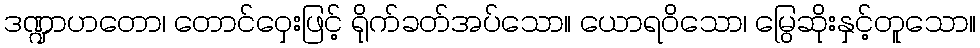
ဒဏ္ဍာဟတော၊ တောင်ဝှေးဖြင့် ရိုက်ခတ်အပ်သော။ ယောရဝိသော၊ မြွေဆိုးနှင့်တူသော။